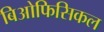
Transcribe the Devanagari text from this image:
बिओफिसिकल